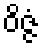
ဝိဇ္ဇံ